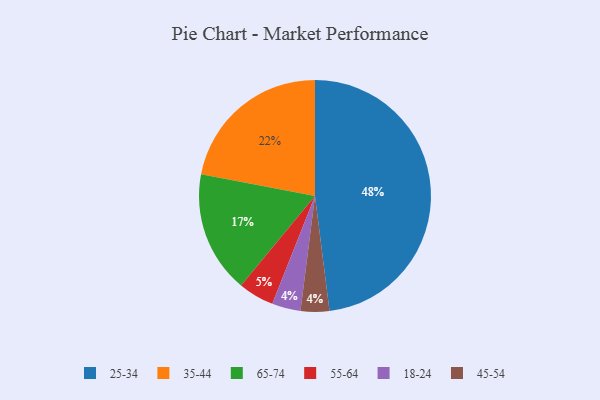
{"axis": {"x": "Category", "y": "Percentage"}, "legend": ["18-24", "25-34", "35-44", "45-54", "55-64", "65-74"], "data": [{"x": "18-24", "y": 4, "type": "18-24"}, {"x": "35-44", "y": 22, "type": "35-44"}, {"x": "65-74", "y": 17, "type": "65-74"}, {"x": "45-54", "y": 4, "type": "45-54"}, {"x": "55-64", "y": 5, "type": "55-64"}, {"x": "25-34", "y": 48, "type": "25-34"}]}